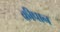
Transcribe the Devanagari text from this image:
क्रीपान